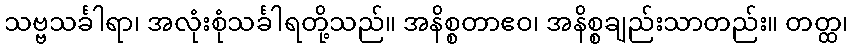
သဗ္ဗသင်္ခါရာ၊ အလုံးစုံသင်္ခါရတို့သည်။ အနိစ္စတာဧဝ၊ အနိစ္စချည်းသာတည်း။ တတ္ထ၊